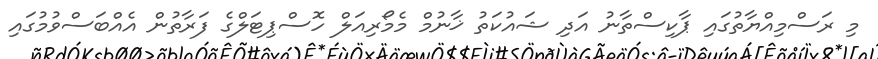
މި ރަސްމިއްޔާތުގައި ޕާކިސްތާނު އަދި ޝައުކަތު ޚާނުމް މެމޯރިއަލް ހޮސްޕިޓަލްގެ ފަރާތުން އެއްބަސްވުމުގައި